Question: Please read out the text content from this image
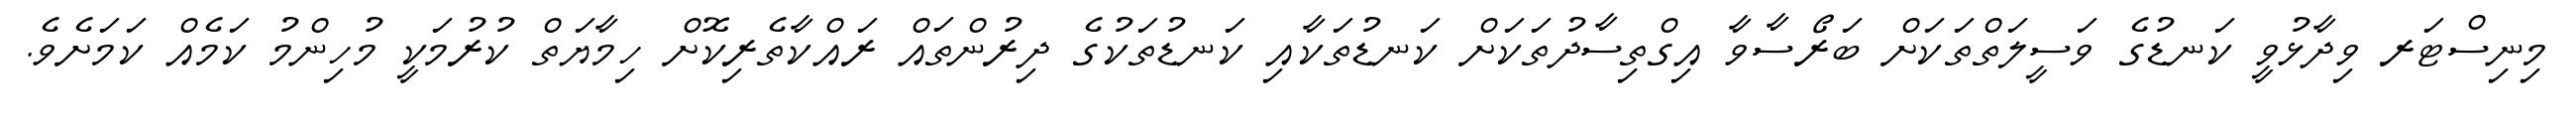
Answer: މިނިސްޓަރ ވިދާޅުވީ ކަނޑުގެ ވަސީލަތްތަކަށް ބަރޯސާވާ އިގްތިސާދުތަކަށް ކަނޑުތަކާއި ކަނޑުތަކުގެ ދިރުންތައް ރައްކާތެރިކޮށް ހިމާޔަތް ކުރުމަކީ މުހިންމު ކަމެއް ކަމަށެވެ.